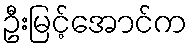
ဦးမြင့်အောင်က